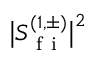
\big \lvert S _ { \mathrm { ~ f ~ i ~ } } ^ { ( 1 , \pm ) } \big \rvert ^ { 2 }